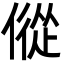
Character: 傱